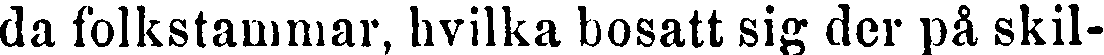
da folkstammar, hvilka bosatt sig der på skil-